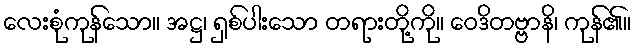
လေးစုံကုန်သော။ အဋ္ဌ၊ ရှစ်ပါးသော တရားတို့ကို။ ဝေဒိတဗ္ဗာနိ၊ ကုန်၏။